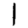
Digit: 1